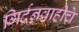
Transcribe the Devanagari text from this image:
गिर्दनवाहीचे